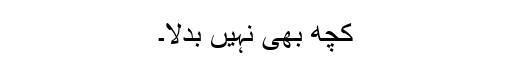
کچھ بھی نہیں بدلا۔